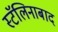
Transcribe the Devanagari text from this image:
स्टॅलिनाबाद